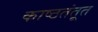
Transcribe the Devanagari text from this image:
काष्ठतंतूत